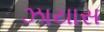
ઝાયાસ